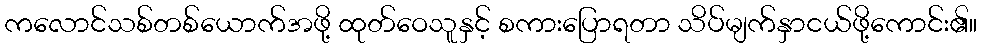
ကလောင်သစ်တစ်ယောက်အဖို့ ထုတ်ဝေသူနှင့် စကားပြောရတာ သိပ်မျက်နှာငယ်ဖို့ကောင်း၏။